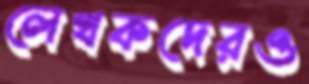
লেখকদেরও